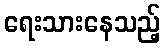
ရေးသားနေသည့်